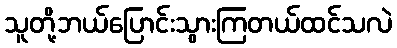
သူတို့ဘယ်ပြောင်းသွားကြတယ်ထင်သလဲ